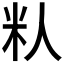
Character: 𬖌